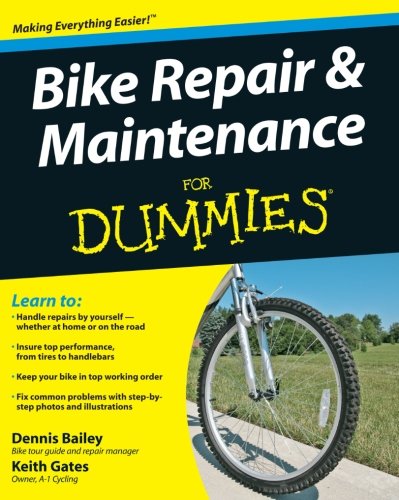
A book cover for Bike Repair and Maintenance For Dummies; Dennis Bailey; Sports & Outdoors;